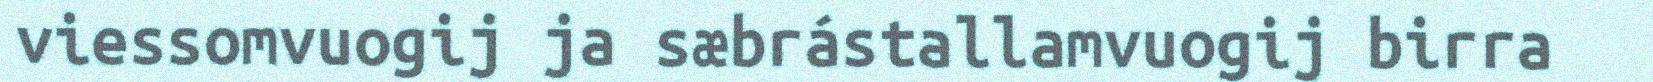
viessomvuogij ja sæbrástallamvuogij birra